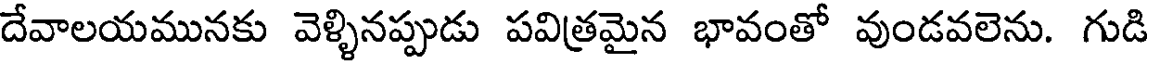
దేవాలయమునకు వెళ్ళినప్పుడు పవిత్రమైన భావంతో వుండవలెను. గుడి